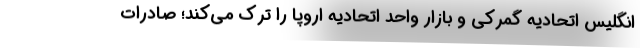
انگلیس اتحادیه گمرکی و بازار واحد اتحادیه اروپا را ترک می‌کند؛ صادرات